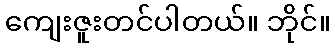
ကျေးဇူးတင်ပါတယ်။ ဘိုင်။